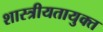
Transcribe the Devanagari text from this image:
शास्त्रीयतायुक्त